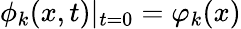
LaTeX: \phi_{k}(x,t)|_{t=0}=\varphi_{k}(x)